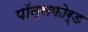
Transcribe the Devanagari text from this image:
पॉन्सफोर्ड